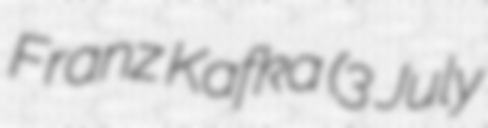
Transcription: Franz Kafka (3 July